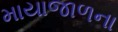
માયાજાળના